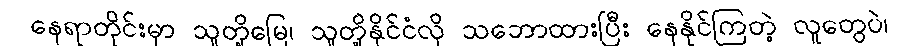
နေရာတိုင်းမှာ သူတို့မြေ၊ သူတို့နိုင်ငံလို သဘောထားပြီး နေနိုင်ကြတဲ့ လူတွေပဲ၊